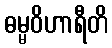
ဓမ္မဝိဟာရီတိ